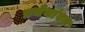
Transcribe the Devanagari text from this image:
प्रमेयांवर